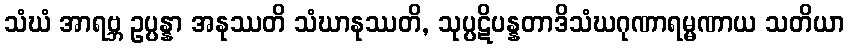
သံဃံ အာရဗ္ဘ ဥပ္ပန္နာ အနုဿတိ သံဃာနုဿတိ, သုပ္ပဋိပန္နတာဒိသံဃဂုဏာရမ္မဏာယ သတိယာ